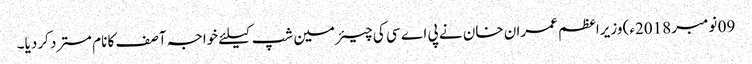
09 نومبر 2018ء) وزیراعظم عمران خان نے پی اے سی کی چیئرمین شپ کیلئے خواجہ آصف کا نام مسترد کردیا۔